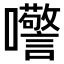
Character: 𫬺